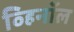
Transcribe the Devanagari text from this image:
व्हिनॉल